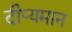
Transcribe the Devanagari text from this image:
दीप्यमान